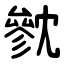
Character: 㓄